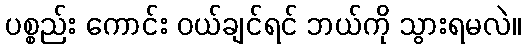
ပစ္စည်း ကောင်း ဝယ်ချင်ရင် ဘယ်ကို သွားရမလဲ။